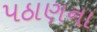
પઠાણના